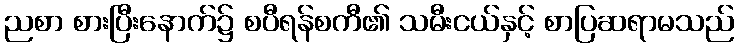
ညစာ စားပြီးနောက်၌ စပီရန်စကီ၏ သမီးငယ်နှင့် စာပြဆရာမသည်